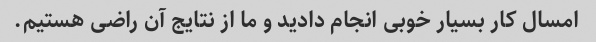
امسال کار بسیار خوبی انجام دادید و ما از نتایج آن راضی هستیم.